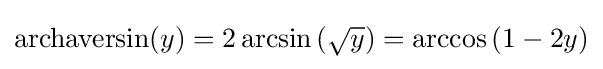
\operatorname {archaversin} (y)=2\arcsin \left({\sqrt {y}}\right)=\arccos \left(1-2y\right)